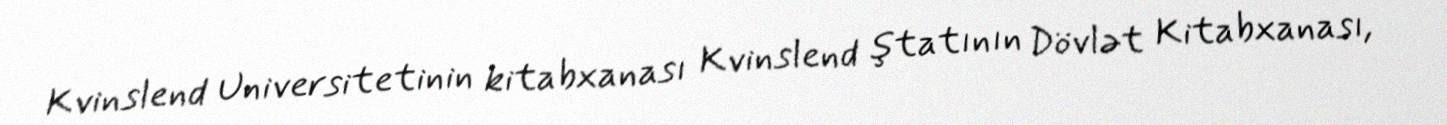
Kvinslend Universitetinin kitabxanası Kvinslend ştatının Dövlət Kitabxanası,